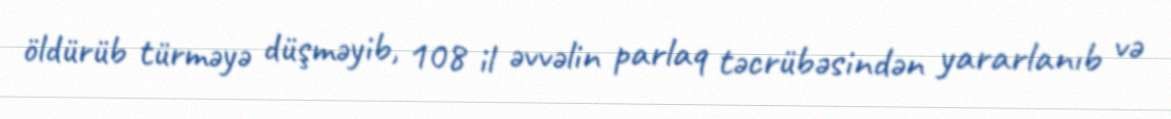
öldürüb türməyə düşməyib, 108 il əvvəlin parlaq təcrübəsindən yararlanıb və